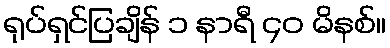
ရုပ်ရှင်ပြချိန် ၁ နာရီ ၄၀ မိနစ်။